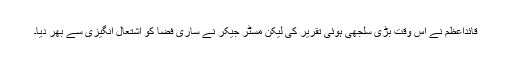
قائداعظم نے اس وقت بڑی سلجھی ہوئی تقریر کی لیکن مسٹر جیکر نے ساری فضا کو اشتعال انگیزی سے بھر دیا۔